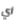
أي